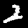
Digit: 2